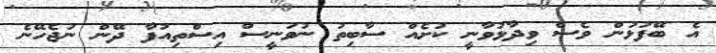
އެ ބޭފުޅުން ވެސް ވިދާޅުވާނީ ކުށެއް ސާބިތު ނުވަނީސް އިސްތިއުފާ ދޭން ނުޖެހޭނެ